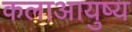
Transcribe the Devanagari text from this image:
कलाआयुष्य